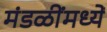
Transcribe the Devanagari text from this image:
मंडळींमध्यें